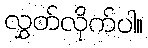
လွှတ်လိုက်ပါ။